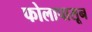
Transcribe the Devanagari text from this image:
फोलापासून